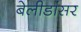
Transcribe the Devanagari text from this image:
बेलीडांसर